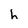
Character: h